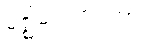
မဇ္ဈိမသဟဂတာ